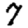
Digit: 7